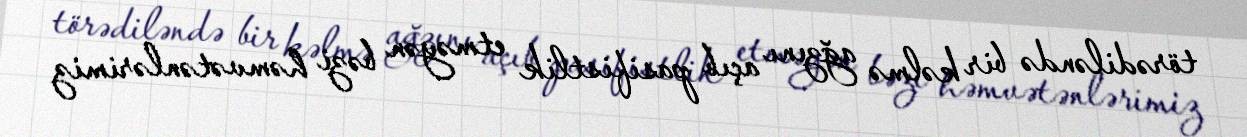
törədiləndə bir kəlmə ağzını açıb pasifistlik etməyən bəzi həmvətənlərimiz